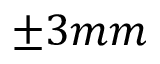
\pm 3 m m